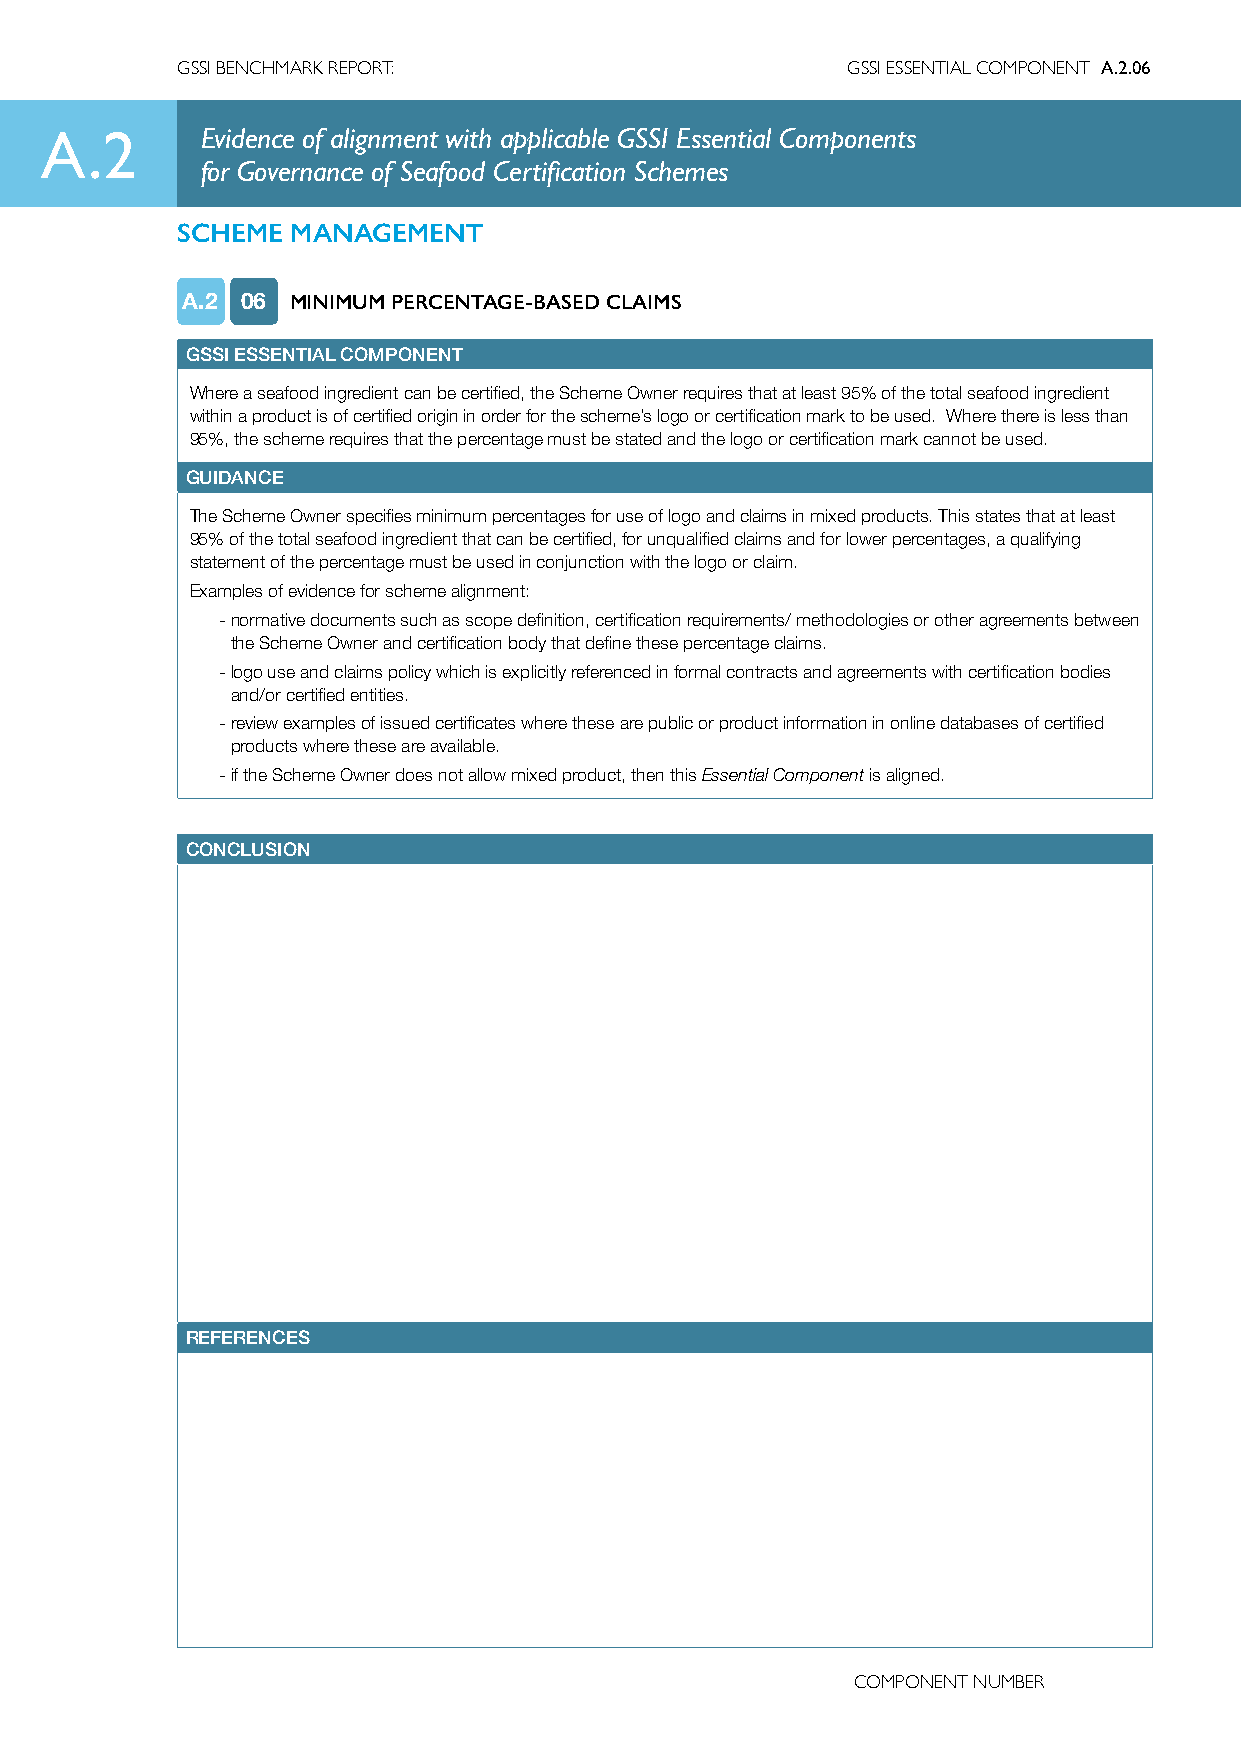
GSSI BENCHMARK REPORT:                      GSSI ESSENTIAL COMPONENT A.2.06
 A.2       Evidence of alignment with applicable GSSI Essential Components
 for Governance of Seafood Certification Schemes
 SCHEME MANAGEMENT
 A.2 06 MINIMUM PERCENTAGE-BASED CLAIMS
 GSSI ESSENTIAL COMPONENT
 Where a seafood ingredient can be certified, the Scheme Owner requires that at least 95% of the total seafood ingredient
 within a product is of certified origin in order for the scheme’s logo or certification mark to be used. Where there is less than
 95%, the scheme requires that the percentage must be stated and the logo or certification mark cannot be used.
 GUIDANCE
 The Scheme Owner specifies minimum percentages for use of logo and claims in mixed products. This states that at least
 95% of the total seafood ingredient that can be certified, for unqualified claims and for lower percentages, a qualifying
 statement of the percentage must be used in conjunction with the logo or claim.
 Examples of evidence for scheme alignment:
 - normative documents such as scope definition, certification requirements/ methodologies or other agreements between
 the Scheme Owner and certification body that define these percentage claims.
 - logo use and claims policy which is explicitly referenced in formal contracts and agreements with certification bodies
 and/or certified entities.
 - review examples of issued certificates where these are public or product information in online databases of certified
 products where these are available.
 - if the Scheme Owner does not allow mixed product, then this Essential Component is aligned.
 CONCLUSION
 REFERENCES
 COMPONENT NUMBER